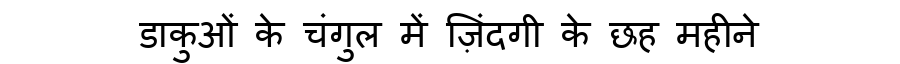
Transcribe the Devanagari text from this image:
डाकुओं के चंगुल में ज़िंदगी के छह महीने